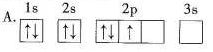
A.1s 2s 2p 3s